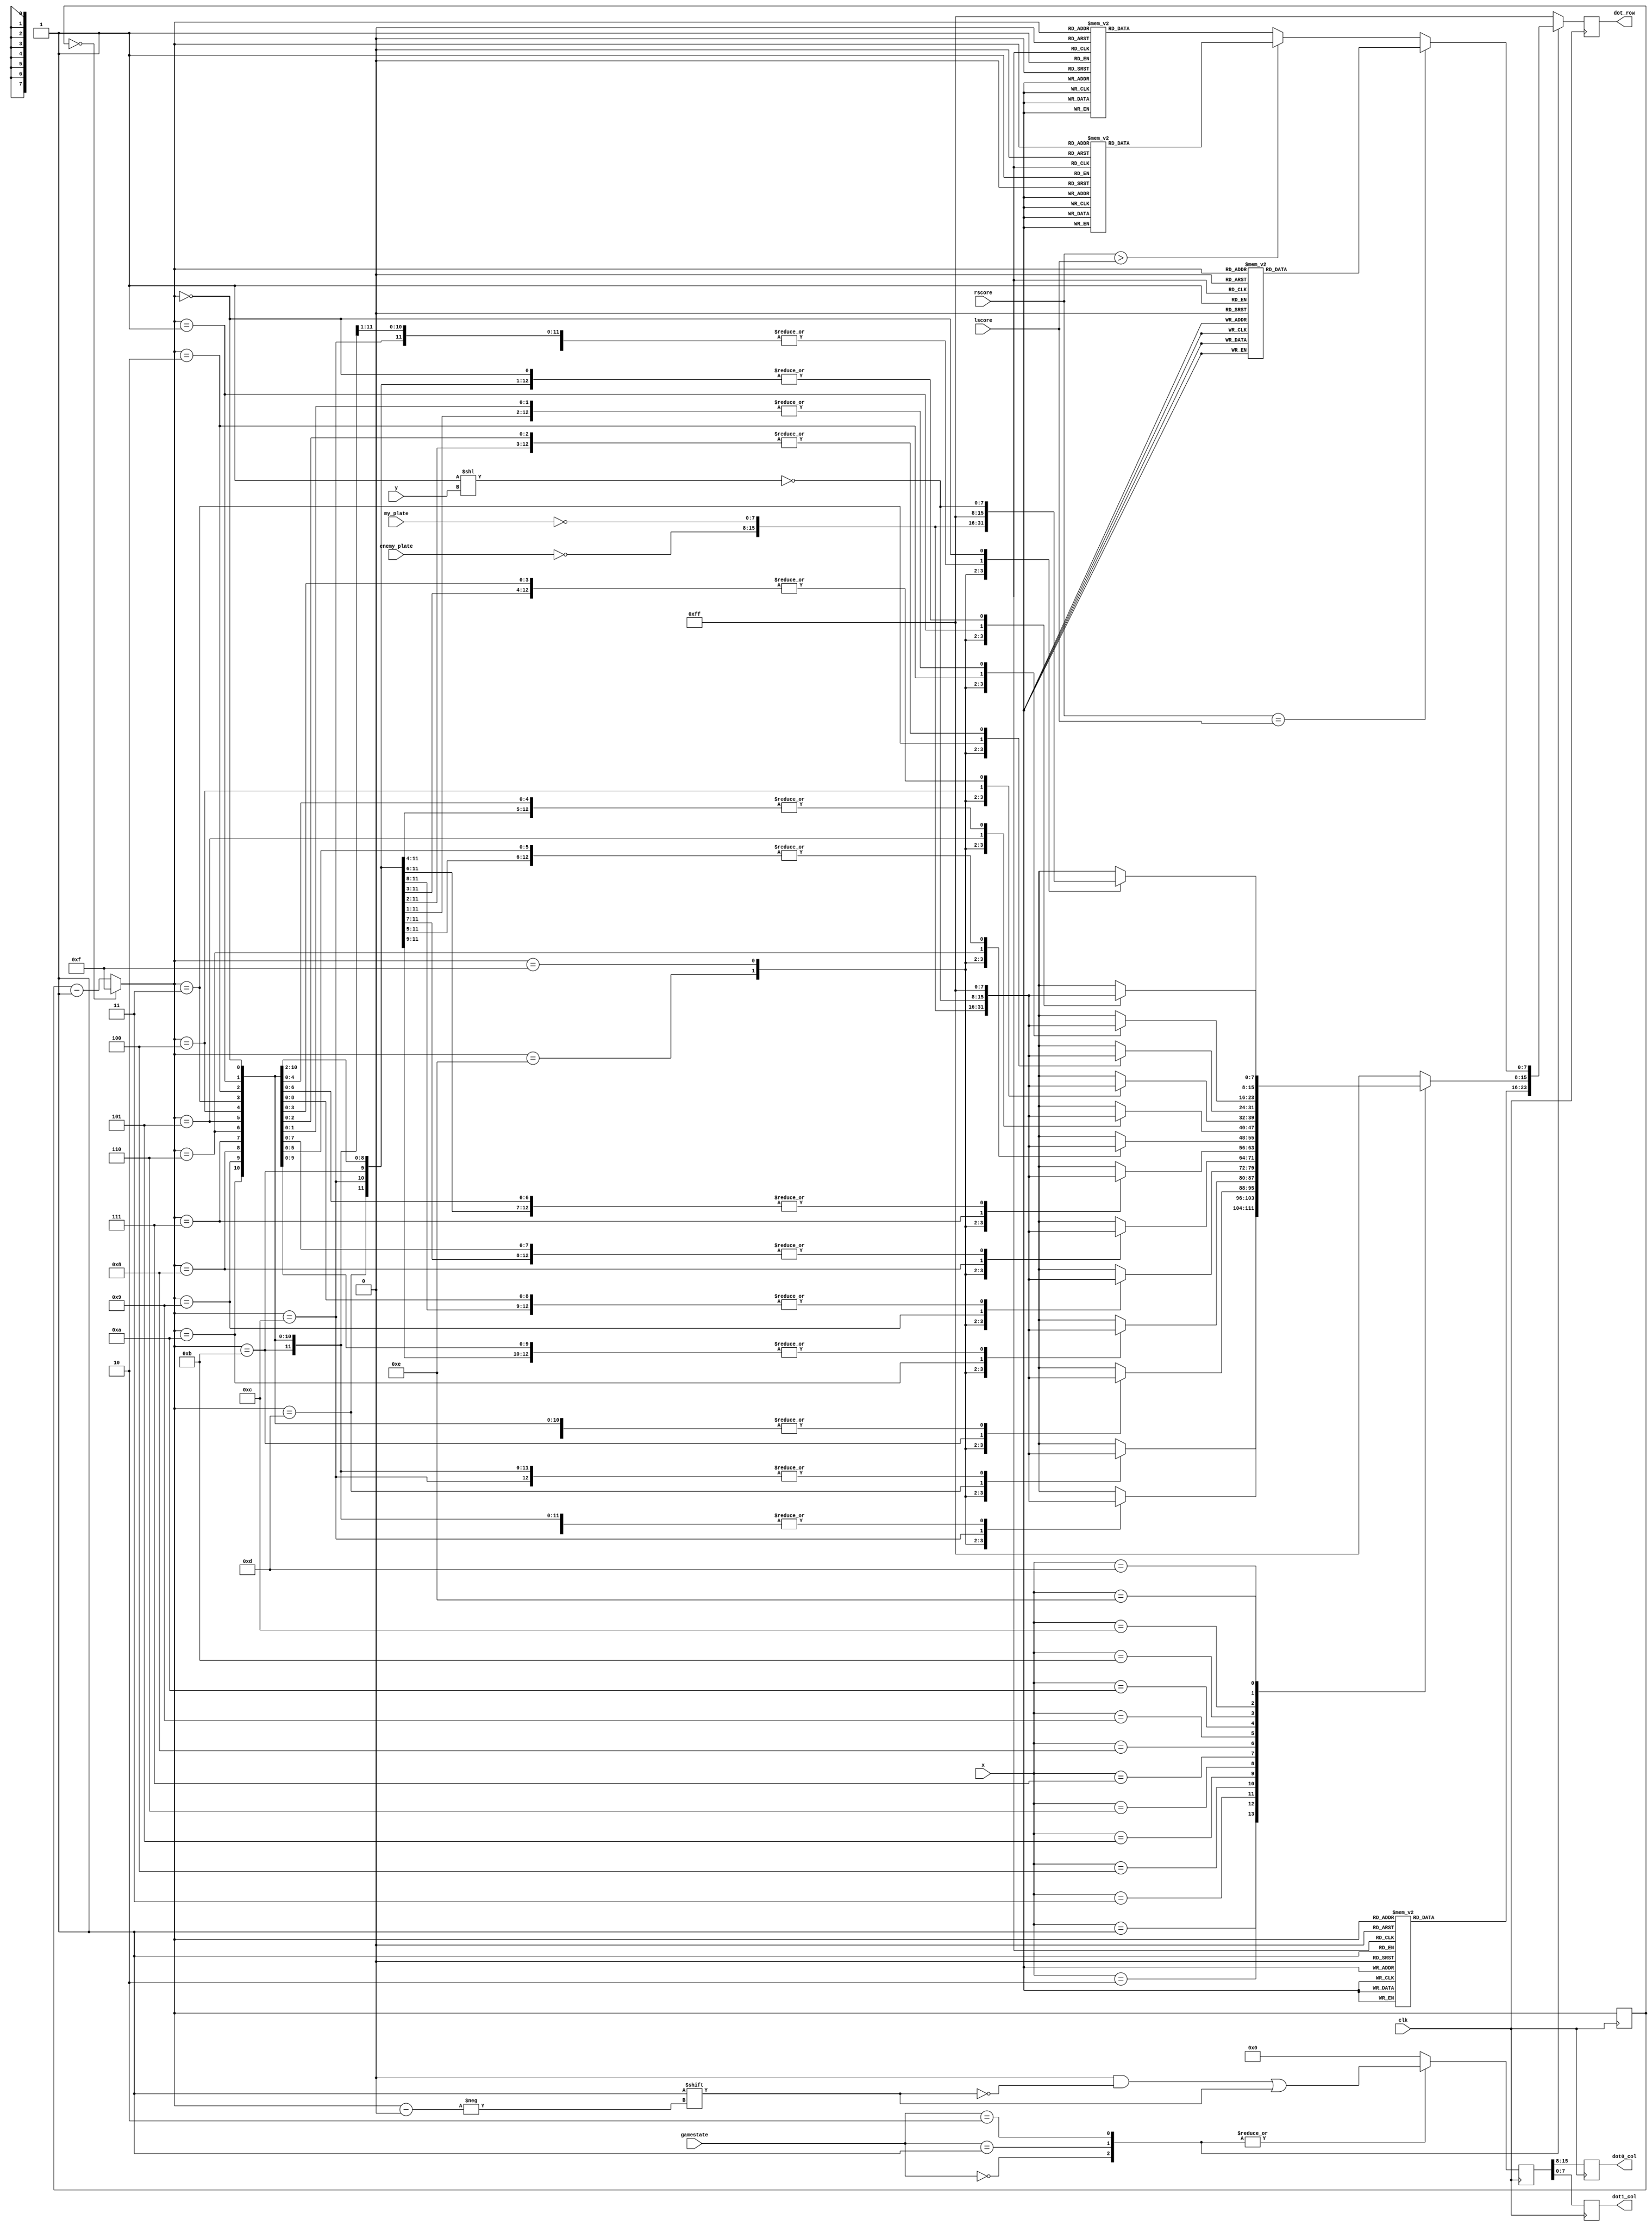
module dotmatrix(clk,gamestate,dot_row,dot0_col,dot1_col,
                      my_plate,enemy_plate,x,y, 
                      rscore,lscore);
    input clk;
    input [1:0]gamestate;
    input [3:0]x;
    input [2:0]y;
    input [7:0]my_plate;
    input [7:0]enemy_plate;
    input [6:0]rscore,lscore;
    output [7:0]dot_row;
    output [7:0]dot0_col,dot1_col;
    
    reg [7:0]dot_row;
    reg [7:0]dot0_col;
    reg [7:0]dot1_col;
    reg [3:0] step=0;
	 reg [15:0] dot_col;
	 


    
    //0 = left dotmatrix,1 = right dotmatrix,0~7 from left to right and up to down
    always@(posedge clk)
    begin
			if (step == 4'd0) 
				step = 4'd15;
			else 
				step = step - 4'd1;
			
			dot_row = 8'b11111111;
			{dot0_col,dot1_col} = dot_col;
			dot_col = 16'b00000000_00000000;
			case(gamestate)
				0://HOCKEY 0=LEFT 1=RIGHT
				begin
					dot_col[step] = 1;
					case (step)
						15:dot_row=8'b11111111;
						14:dot_row=8'b00011111;
						13:dot_row=8'b10111111;
						12:dot_row=8'b00011111;
						11:dot_row=8'b11111000;
						10:dot_row=8'b11111010;
						9: dot_row=8'b11111000;
						8: dot_row=8'b00011111;
						7: dot_row=8'b01011111;
						6: dot_row=8'b01011111;
						5: dot_row=8'b11111000;
						4: dot_row=8'b11111101;
						3: dot_row=8'b11111010;
						2: dot_row=8'b01111111;
						1: dot_row=8'b10011111;
						0: dot_row=8'b01111111;
					endcase	
				end
			
            1://
            begin
					dot_col[step] = 1;
					case(x)
						1:
						case (step)
							14:dot_row= ~enemy_plate;
							15:dot_row= ~my_plate;
							13:dot_row= ~(8'b00000001<<y);
							12:dot_row=8'b11111111;
							11:dot_row=8'b11111111;
							10:dot_row=8'b11111111;
							9: dot_row=8'b11111111;
							8: dot_row=8'b11111111;
							7: dot_row=8'b11111111;
							6: dot_row=8'b11111111;
							5: dot_row=8'b11111111;
							4: dot_row=8'b11111111;
							3: dot_row=8'b11111111;
							2: dot_row=8'b11111111;
							1: dot_row=8'b11111111;
							0: dot_row=8'b11111111;
						endcase	
						
						2:
						case (step)
							14:dot_row= ~enemy_plate;
							15:dot_row= ~my_plate;
							13:dot_row=8'b11111111;
							12:dot_row= ~(8'b00000001<<y);
							11:dot_row=8'b11111111;
							10:dot_row=8'b11111111;
							9: dot_row=8'b11111111;
							8: dot_row=8'b11111111;
							7: dot_row=8'b11111111;
							6: dot_row=8'b11111111;
							5: dot_row=8'b11111111;
							4: dot_row=8'b11111111;
							3: dot_row=8'b11111111;
							2: dot_row=8'b11111111;
							1: dot_row=8'b11111111;
							0: dot_row=8'b11111111;
						endcase	
						3:
						case (step)
							14:dot_row= ~enemy_plate;
							15:dot_row= ~my_plate;
							13:dot_row=8'b11111111;
							12:dot_row=8'b11111111; 
							11:dot_row=~(8'b00000001<<y);
							10:dot_row=8'b11111111;
							9: dot_row=8'b11111111;
							8: dot_row=8'b11111111;
							7: dot_row=8'b11111111;
							6: dot_row=8'b11111111;
							5: dot_row=8'b11111111;
							4: dot_row=8'b11111111;
							3: dot_row=8'b11111111;
							2: dot_row=8'b11111111;
							1: dot_row=8'b11111111;
							0: dot_row=8'b11111111;
						endcase
						4:
						case (step)
							14:dot_row= ~enemy_plate;
							15:dot_row= ~my_plate;
							13:dot_row=8'b11111111;
							12:dot_row=8'b11111111; 
							11:dot_row=8'b11111111; 
							10:dot_row=~(8'b00000001<<y);
							9: dot_row=8'b11111111;
							8: dot_row=8'b11111111;
							7: dot_row=8'b11111111;
							6: dot_row=8'b11111111;
							5: dot_row=8'b11111111;
							4: dot_row=8'b11111111;
							3: dot_row=8'b11111111;
							2: dot_row=8'b11111111;
							1: dot_row=8'b11111111;
							0: dot_row=8'b11111111;
						endcase	

						5:
						case (step)
							14:dot_row= ~enemy_plate;
							15:dot_row= ~my_plate;
							13:dot_row=8'b11111111;
							12:dot_row=8'b11111111; 
							11:dot_row=8'b11111111; 
							10:dot_row=8'b11111111;
							9: dot_row=~(8'b00000001<<y);
							8: dot_row=8'b11111111;
							7: dot_row=8'b11111111;
							6: dot_row=8'b11111111;
							5: dot_row=8'b11111111;
							4: dot_row=8'b11111111;
							3: dot_row=8'b11111111;
							2: dot_row=8'b11111111;
							1: dot_row=8'b11111111;
							0: dot_row=8'b11111111;
						endcase	
						6:
						case (step)
							14:dot_row= ~enemy_plate;
							15:dot_row= ~my_plate;
							13:dot_row=8'b11111111;
							12:dot_row=8'b11111111; 
							11:dot_row=8'b11111111; 
							10:dot_row=8'b11111111;
							9: dot_row=8'b11111111;
							8: dot_row=~(8'b00000001<<y);
							7: dot_row=8'b11111111;
							6: dot_row=8'b11111111;
							5: dot_row=8'b11111111;
							4: dot_row=8'b11111111;
							3: dot_row=8'b11111111;
							2: dot_row=8'b11111111;
							1: dot_row=8'b11111111;
							0: dot_row=8'b11111111;	
						endcase	
						7:
						case (step)
							14:dot_row= ~enemy_plate;
							15:dot_row= ~my_plate;
							13:dot_row=8'b11111111;
							12:dot_row=8'b11111111; 
							11:dot_row=8'b11111111; 
							10:dot_row=8'b11111111;
							9: dot_row=8'b11111111;
							8: dot_row=8'b11111111;
							7: dot_row=~(8'b00000001<<y);
							6: dot_row=8'b11111111;
							5: dot_row=8'b11111111;
							4: dot_row=8'b11111111;
							3: dot_row=8'b11111111;
							2: dot_row=8'b11111111;
							1: dot_row=8'b11111111;
							0: dot_row=8'b11111111;
						endcase	
						8:
						case (step)
							14:dot_row= ~enemy_plate;
							15:dot_row= ~my_plate;
							13:dot_row=8'b11111111;
							12:dot_row=8'b11111111; 
							11:dot_row=8'b11111111; 
							10:dot_row=8'b11111111;
							9: dot_row=8'b11111111;
							8: dot_row=8'b11111111;
							7: dot_row=8'b11111111;
							6: dot_row=~(8'b00000001<<y);
							5: dot_row=8'b11111111;
							4: dot_row=8'b11111111;
							3: dot_row=8'b11111111;
							2: dot_row=8'b11111111;
							1: dot_row=8'b11111111;
							0: dot_row=8'b11111111;
						endcase	
						9:
						case (step)
							14:dot_row= ~enemy_plate;
							15:dot_row= ~my_plate;
							13:dot_row=8'b11111111;
							12:dot_row=8'b11111111; 
							11:dot_row=8'b11111111; 
							10:dot_row=8'b11111111;
							9: dot_row=8'b11111111;
							8: dot_row=8'b11111111;
							7: dot_row=8'b11111111;
							6: dot_row=8'b11111111;
							5: dot_row=~(8'b00000001<<y);
							4: dot_row=8'b11111111;
							3: dot_row=8'b11111111;
							2: dot_row=8'b11111111;
							1: dot_row=8'b11111111;
							0: dot_row=8'b11111111;
						endcase	
						10:
						case (step)
							14:dot_row= ~enemy_plate;
							15:dot_row= ~my_plate;
							13:dot_row=8'b11111111;
							12:dot_row=8'b11111111; 
							11:dot_row=8'b11111111; 
							10:dot_row=8'b11111111;
							9: dot_row=8'b11111111;
							8: dot_row=8'b11111111;
							7: dot_row=8'b11111111;
							6: dot_row=8'b11111111;
							5: dot_row=8'b11111111;
							4: dot_row=~(8'b00000001<<y);
							3: dot_row=8'b11111111;
							2: dot_row=8'b11111111;
							1: dot_row=8'b11111111;
							0: dot_row=8'b11111111;
						endcase	
						11:
						case (step)
							14:dot_row= ~enemy_plate;
							15:dot_row= ~my_plate;
							13:dot_row=8'b11111111;
							12:dot_row=8'b11111111; 
							11:dot_row=8'b11111111; 
							10:dot_row=8'b11111111;
							9: dot_row=8'b11111111;
							8: dot_row=8'b11111111;
							7: dot_row=8'b11111111;
							6: dot_row=8'b11111111;
							5: dot_row=8'b11111111;
							4: dot_row=8'b11111111;
							3: dot_row=~(8'b00000001<<y);
							2: dot_row=8'b11111111;
							1: dot_row=8'b11111111;
							0: dot_row=8'b11111111;
						endcase	
						12:
						case (step)
							14:dot_row= ~enemy_plate;
							15:dot_row= ~my_plate;
							13:dot_row=8'b11111111;
							12:dot_row=8'b11111111; 
							11:dot_row=8'b11111111; 
							10:dot_row=8'b11111111;
							9: dot_row=8'b11111111;
							8: dot_row=8'b11111111;
							7: dot_row=8'b11111111;
							6: dot_row=8'b11111111;
							5: dot_row=8'b11111111;
							4: dot_row=8'b11111111;
							3: dot_row=8'b11111111;
							2: dot_row=~(8'b00000001<<y);
							1: dot_row=8'b11111111;
							0: dot_row=8'b11111111;
						endcase	
						13:
						case (step)
							14:dot_row= ~enemy_plate;
							15:dot_row= ~my_plate;
							13:dot_row=8'b11111111;
							12:dot_row=8'b11111111; 
							11:dot_row=8'b11111111; 
							10:dot_row=8'b11111111;
							9: dot_row=8'b11111111;
							8: dot_row=8'b11111111;
							7: dot_row=8'b11111111;
							6: dot_row=8'b11111111;
							5: dot_row=8'b11111111;
							4: dot_row=8'b11111111;
							3: dot_row=8'b11111111;
							2: dot_row=8'b11111111;
							1: dot_row=~(8'b00000001<<y);
							0: dot_row=8'b11111111;
						endcase	
						14:
						case (step)
							14:dot_row= ~enemy_plate;
							15:dot_row= ~my_plate;
							13:dot_row=8'b11111111;
							12:dot_row=8'b11111111; 
							11:dot_row=8'b11111111; 
							10:dot_row=8'b11111111;
							9: dot_row=8'b11111111;
							8: dot_row=8'b11111111;
							7: dot_row=8'b11111111;
							6: dot_row=8'b11111111;
							5: dot_row=8'b11111111;
							4: dot_row=8'b11111111;
							3: dot_row=8'b11111111;
							2: dot_row=8'b11111111;
							1: dot_row=8'b11111111;
							0: dot_row=~(8'b00000001<<y);
						endcase	
					endcase      
            end 
                
            2:
            begin
               if(rscore == lscore)
					begin
						dot_col[step] = 1;
						case (step)
							15:dot_row=8'b11111111;
							14:dot_row=8'b11111111;
							13:dot_row=8'b10000001;
							12:dot_row=8'b10111110;
							11:dot_row=8'b10111110;
							10:dot_row=8'b11011101;
							9: dot_row=8'b11100011;
							8: dot_row=8'b11111111;
							7: dot_row=8'b11111111;
							6: dot_row=8'b11111111;
							5: dot_row=8'b10000001;
							4: dot_row=8'b10111110;
							3: dot_row=8'b10111110;
							2: dot_row=8'b11011101;
							1: dot_row=8'b11100011;
							0: dot_row=8'b11111111;
						
											
						endcase	
					end
					
               else if(rscore > lscore)//right win
               begin
						dot_col[step] = 1;
						case (step)
							15:dot_row=8'b11111111;
							14:dot_row=8'b11111111;
							13:dot_row=8'b11111111;
							12:dot_row=8'b11111111;
							11:dot_row=8'b11111111;
							10:dot_row=8'b11111111;
							9: dot_row=8'b11111111;
							8: dot_row=8'b11111111;
							7: dot_row=8'b11111111;
							6: dot_row=8'b10001111;
							5: dot_row=8'b11100011;
							4: dot_row=8'b11111001;
							3: dot_row=8'b11000111;
							2: dot_row=8'b11111001;
							1: dot_row=8'b11100011;
							0: dot_row=8'b10001111;
						endcase	
					end               
               else
					begin
						dot_col[step] = 1;
						case (step)
							15:dot_row=8'b11111111;
							14:dot_row=8'b10001111;
							13:dot_row=8'b11100011;
							12:dot_row=8'b11111001;
							11:dot_row=8'b11000111;
							10:dot_row=8'b11111001;
							9: dot_row=8'b11100011;
							8: dot_row=8'b10001111;
							7: dot_row=8'b11111111;
							6: dot_row=8'b11111111;
							5: dot_row=8'b11111111;
							4: dot_row=8'b11111111;
							3: dot_row=8'b11111111;
							2: dot_row=8'b11111111;
							1: dot_row=8'b11111111;
							0: dot_row=8'b11111111;
						endcase	
					end	
            end
        endcase 
   end      
endmodule